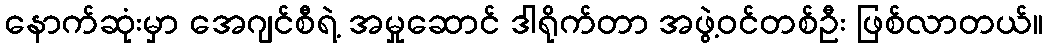
နောက်ဆုံးမှာ အေဂျင်စီရဲ့ အမှုဆောင် ဒါရိုက်တာ အဖွဲ့ဝင်တစ်ဦး ဖြစ်လာတယ်။